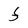
Character: F